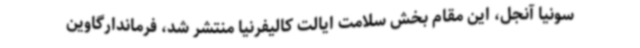
سونیا آنجل، این مقام بخش سلامت ایالت کالیفرنیا منتشر شد، فرماندارگاوین